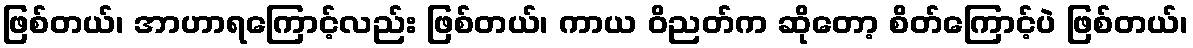
ဖြစ်တယ်၊ အာဟာရကြောင့်လည်း ဖြစ်တယ်၊ ကာယ ဝိညတ်က ဆိုတော့ စိတ်ကြောင့်ပဲ ဖြစ်တယ်၊